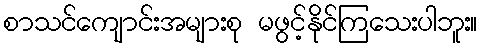
စာသင်ကျောင်းအများစု မဖွင့်နိုင်ကြသေးပါဘူး။